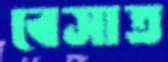
বেসাত